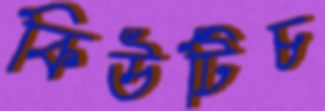
কিউটিচ